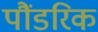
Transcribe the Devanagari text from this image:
पौंडरिक